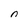
Character: n